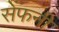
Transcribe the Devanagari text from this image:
सेंफनी